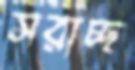
সরাচ্ছ